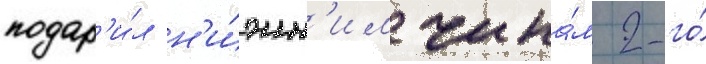
подар'и́л н'и́жн'им чина́м 2-го́